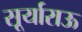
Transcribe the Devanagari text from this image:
सूर्याराऊ